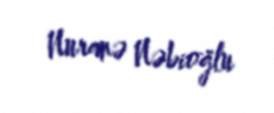
Nuranə Nəbioğlu